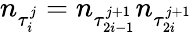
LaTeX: n_{\tau_{i}^{j}}=n_{\tau_{2i-1}^{j+1}}n_{\tau_{2i}^{j+1}}